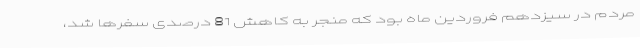
مردم در سیزدهم فروردین ماه بود که منجر به کاهش 81 درصدی سفرها شد،